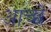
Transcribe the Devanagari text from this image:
आच्छे